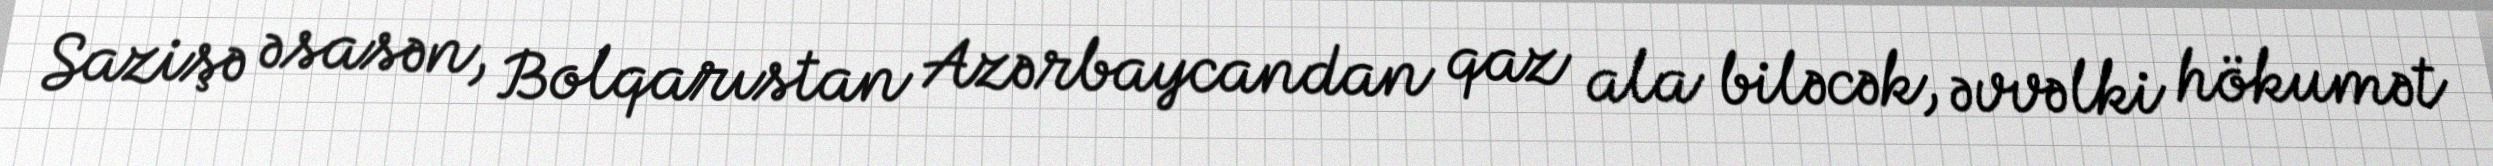
Sazişə əsasən, Bolqarıstan Azərbaycandan qaz ala biləcək, əvvəlki hökumət